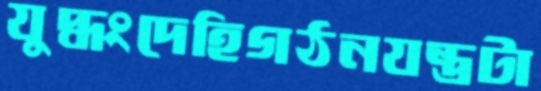
যুদ্ধংদেহিগঠনযন্ত্রটা